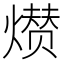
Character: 𤎺